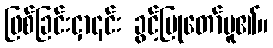
ဖြစ်ခြင်းငှာ၎င်း ခွင့်ပြုတော်မူ၏။